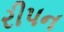
રીપન